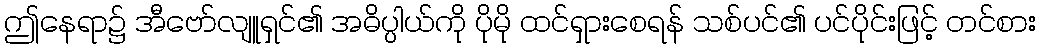
ဤနေရာ၌ အီဗော်လျူရှင်၏ အဓိပ္ပါယ်ကို ပိုမို ထင်ရှားစေရန် သစ်ပင်၏ ပင်ပိုင်းဖြင့် တင်စား